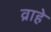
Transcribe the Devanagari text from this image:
व्राहे